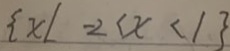
\{ x 1 - 2 < x < 1 \}